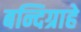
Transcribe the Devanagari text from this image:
बन्दिग्राहे